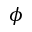
\phi